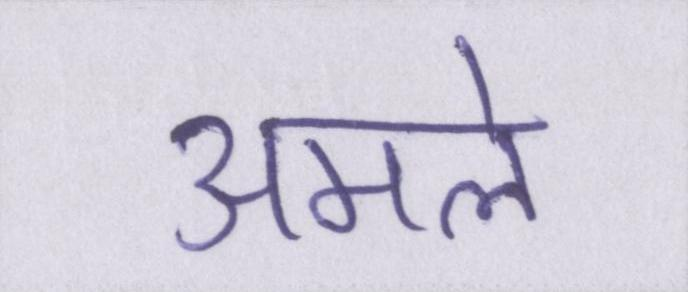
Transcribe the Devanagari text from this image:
अमले